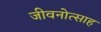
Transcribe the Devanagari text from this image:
जीवनोत्साह